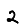
Digit: 2